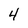
Character: 4